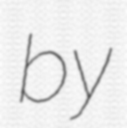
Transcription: by